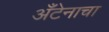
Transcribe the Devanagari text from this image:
अँटेनाचा